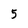
Character: 5